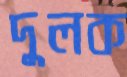
দুলক